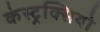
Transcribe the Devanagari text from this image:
कंस्ट्रक्सियो